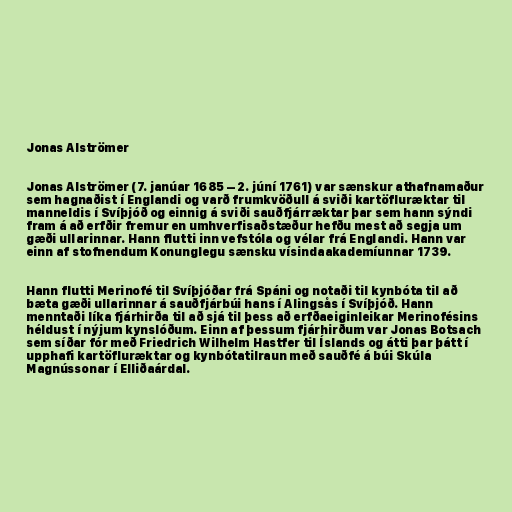
Jonas Alströmer

Jonas Alströmer (7. janúar 1685 – 2. júní 1761) var sænskur athafnamaður
sem hagnaðist í Englandi og varð frumkvöðull á sviði kartöfluræktar til
manneldis í Svíþjóð og einnig á sviði sauðfjárræktar þar sem hann sýndi
fram á að erfðir fremur en umhverfisaðstæður hefðu mest að segja um
gæði ullarinnar. Hann flutti inn vefstóla og vélar frá Englandi. Hann var
einn af stofnendum Konunglegu sænsku vísindaakademíunnar 1739.

Hann flutti Merinofé til Svíþjóðar frá Spáni og notaði til kynbóta til að
bæta gæði ullarinnar á sauðfjárbúi hans í Alingsås í Svíþjóð. Hann
menntaði líka fjárhirða til að sjá til þess að erfðaeiginleikar Merinofésins
héldust í nýjum kynslóðum. Einn af þessum fjárhirðum var Jonas Botsach
sem síðar fór með Friedrich Wilhelm Hastfer til Íslands og átti þar þátt í
upphafi kartöfluræktar og kynbótatilraun með sauðfé á búi Skúla
Magnússonar í Elliðaárdal.